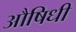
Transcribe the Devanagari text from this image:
औषिधी